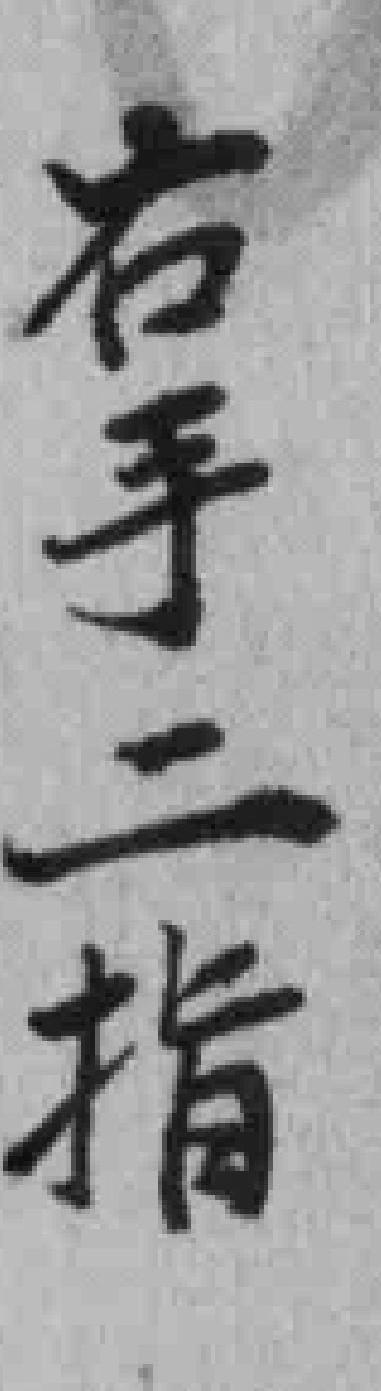
右手二指